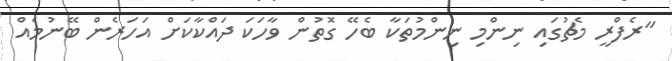
"ރެފްރީ މެޗުގައި ނިންމި ނިންމުތަކާ ބެހޭ ގޮތުން ވާހަކަ ދައްކާކަށް އަހަރެން ބޭނުމެއް